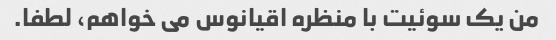
من یک سوئیت با منظره اقیانوس می خواهم، لطفا.